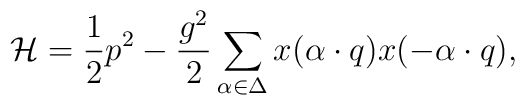
{\cal H}={1\over2}p^2-{g^2\over2}\sum_{\alpha\in\Delta}   	x(\alpha\cdot q)x(-\alpha\cdot q),